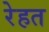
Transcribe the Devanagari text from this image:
रेहत